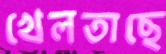
খেলতাছে